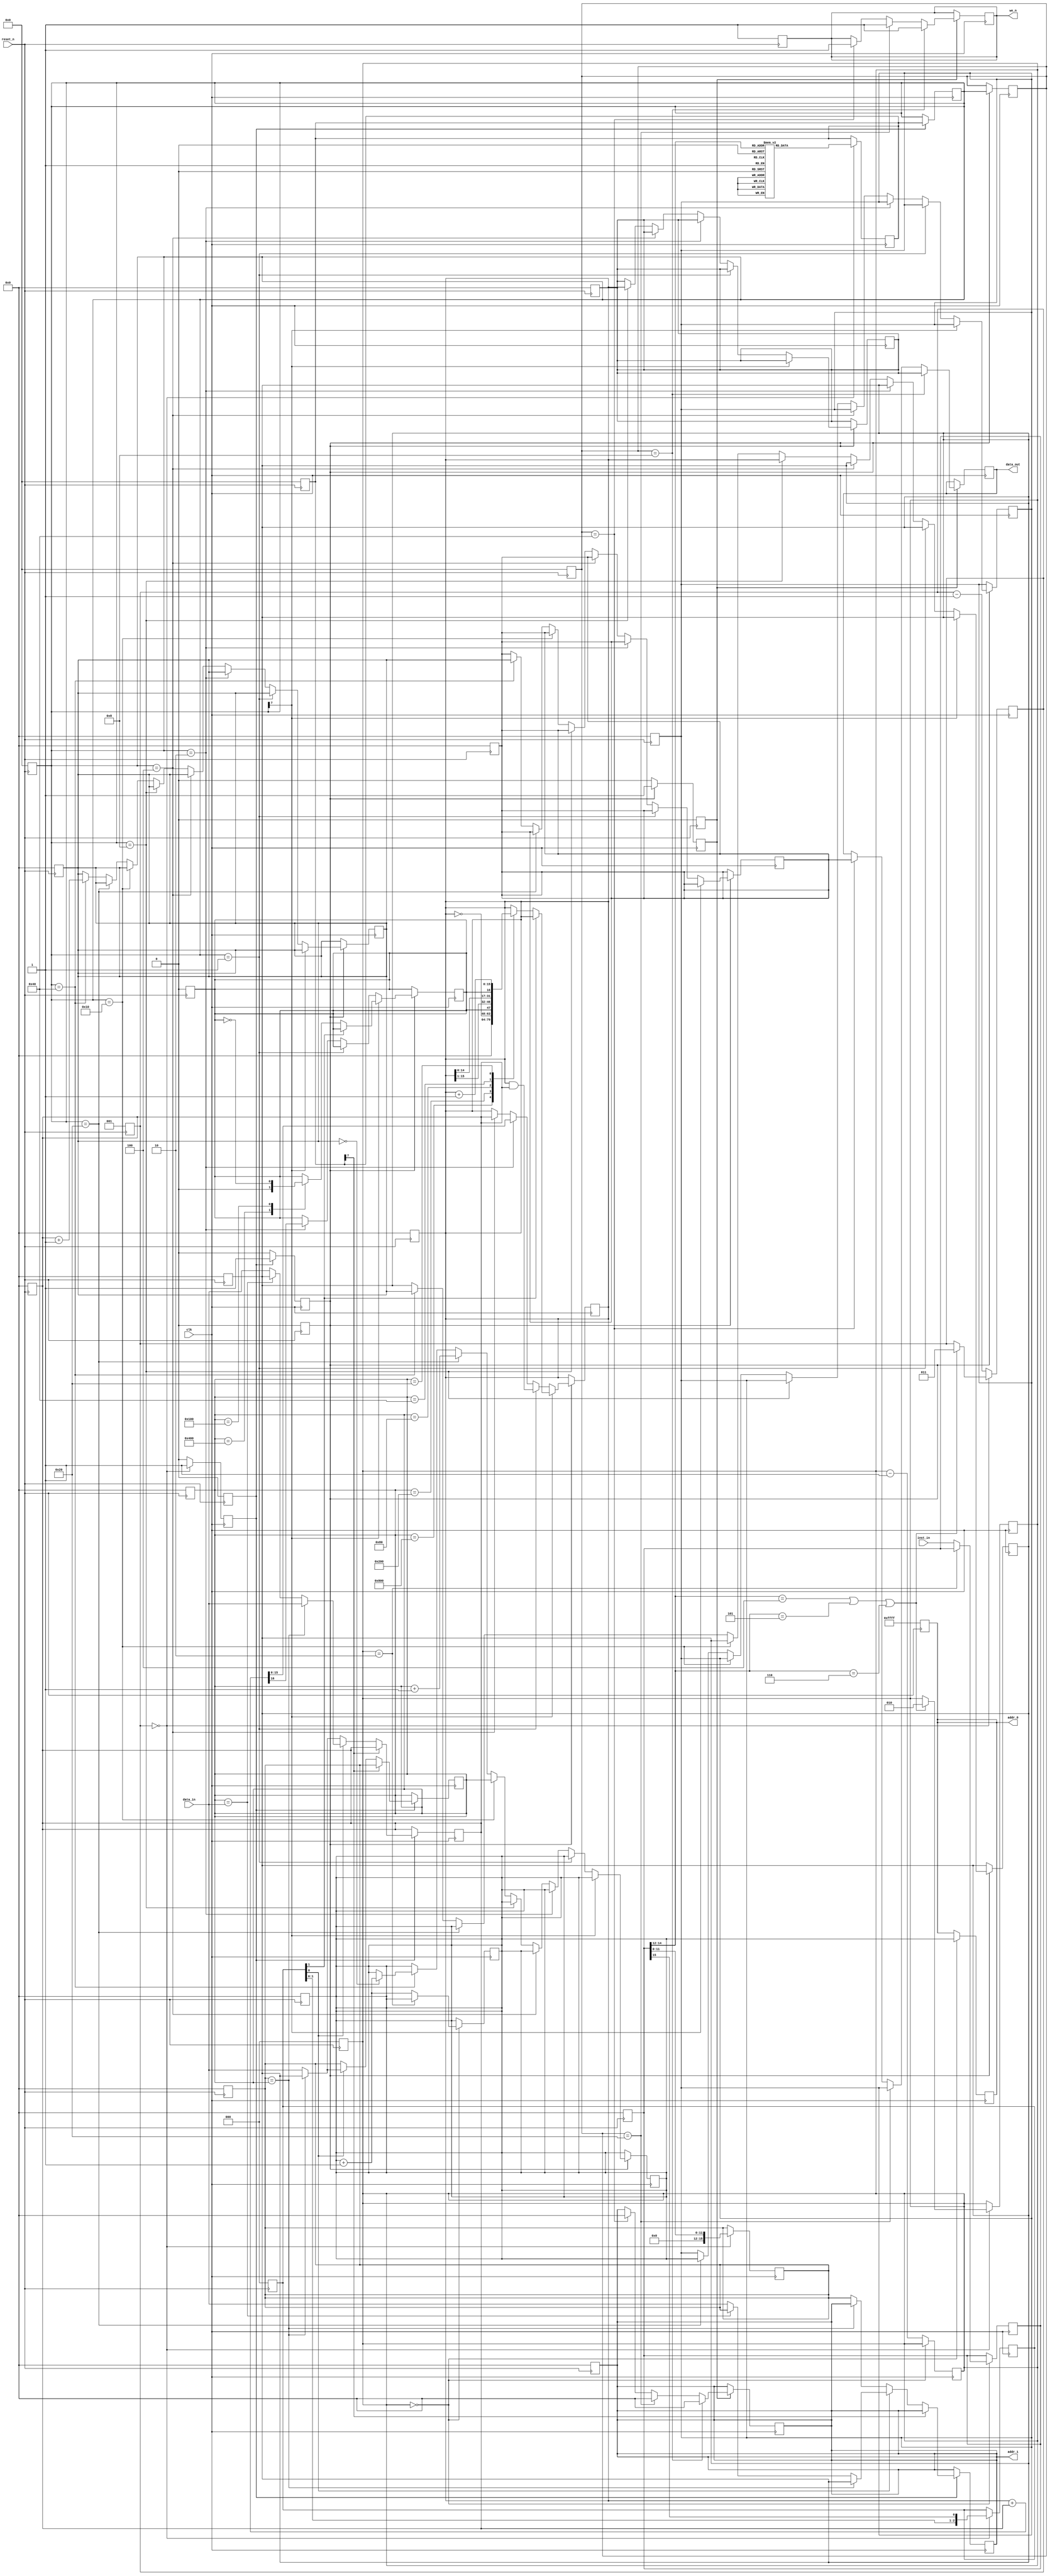
module pipelined_cpu 
#
(
  parameter ADDR_WIDTH = 16,
  parameter DATA_WIDTH = 16
)
(
  input clk,
  input reset_n,
  input [DATA_WIDTH-1:0] inst_in, //stands for instruction_in from sram0.
  input [DATA_WIDTH-1:0] data_in, //data_in from sram1.
  output [ADDR_WIDTH-1:0] addr_0,
  output [ADDR_WIDTH-1:0] addr_1,
  //output [DATA_WIDTH-1:0] inst_out, //must be connnected to sram0(instruction ram)
  output [DATA_WIDTH-1:0] data_out, //must be connected to sram1(data ram)
  output we_n
);

//define reg here
reg [15:0] AR_0, AR_1, DR, DR2, IR, PC, AC; //AR_0 is for instructions, AR_1 is for data.
reg E, r_we_n;
reg [2:0] I; //I stores MSB.
reg [7:0] D0; //stores decoder result.
reg [7:0] D1; 
reg [7:0] D2;
reg [15:0] r_data_out;

reg [15:0] OP0; //stores opcode(register reference) for a brief moment at 2nd stage.
reg [15:0] OP1; //stores opcode(register reference) at 3rd stage
reg [15:0] OP2; //stores opcode(register reference) at 4th stage.

reg [2:0] S1; //counter register to solve branch hazard.
reg [2:0] S2;
reg S3;
reg S4;
reg S5;

reg [15:0] R1; //stores the data for STA
reg [15:0] R2;
reg [15:0] R3;

reg [15:0] B1; //B for Bypassing
 
//define reg end
//assign here
assign we_n = r_we_n;
assign addr_0 = AR_0;
assign addr_1 = AR_1; 
assign data_out = r_data_out;
//assign end
always @(negedge reset_n) begin
  //register initialize
  AR_0 <= 16'b1111111111111111;
  AR_1 <= 16'd0;
  DR <= 16'd0;
  DR2 <= 16'd0;
  IR <= 16'd0;
  PC <= 16'd0;
  AC <= 16'd0;
  I <= 3'b000;
  E <= 1'b0;
  D0 <= 8'd0;
  D1 <= 8'd0;
  D2 <= 8'd0;
  r_we_n <= 1'b1; //default : read

  OP0 <= 0; 
  OP1 <= 0; 
  OP2 <= 0; 

  //stage on/off control register.
  S1 <= 3'b000; //default : off
  S2 <= 3'b001; //default : off
  S3 <= 1'b0; //default : off
  S4 <= 1'b0; //default : off
  S5 <= 1'b0; //default : off

  R1 <= 0;
  R2 <= 0;
  R3 <= 0;

  B1 <= 0;
end

//I will use the sram which gives data whether it is read mode or not.
always @(posedge clk)begin //1st stage (fetch instruction)
  if(S1 == 3'b000)begin
    AR_0 <= PC; //error?
    #5 //put buffer for waiting instruction fetch.
    if(S1 == 3'b010)begin
      PC <= PC;
    end else begin
      IR <= inst_in;
      PC <= PC + 1;
    end
  end
  else begin
    #3 S1 <= S1 - 1;
  end
end

always @(posedge clk)begin //2nd stage (instruction decode)
  if(S2 == 3'b000)begin
    if((IR[14:12] == 3'b100) || (IR[14:12] == 3'b101) || (IR[14:12] == 3'b110))begin
      S1 <= 3'b010;
      S2 <= 3'b011;
    end
    #4
    I <= {I[1:0],IR[15]};
    OP0 <= IR[11:0];
    case(IR[14:12]) //decoder
      3'b000 : D0 <= 8'b00000001; //note this! 000 returns D0[0] = 1 //AND
      3'b001 : D0 <= 8'b00000010; //ADD
      3'b010 : D0 <= 8'b00000100; //LDA
      3'b011 : D0 <= 8'b00001000; //STA
      3'b100 : D0 <= 8'b00010000; //BUN
      3'b101 : D0 <= 8'b00100000; //BSA
      3'b110 : D0 <= 8'b01000000; //ISZ
      3'b111 : D0 <= 8'b10000000; //register reference instruction
      default : D0 <= 8'b00000000;
    endcase
    S3 <= 1'b1; //3rd stage enable.
    //#3 AR_1 <= OP0; //put buffer(delay) for indirect addressing in fetch operand (3rd stage)
  end else begin
    #3 S2 <= S2 - 1;
    S3 <= 1'b0; //3rd stage disable.
  end

end

//3rd stage cause hazard because of data_in (structure hazard)
//DR <= data_in (T4 part) must be changed. stall or multiple sram.

always @(posedge clk)begin  //3rd stage (fetch operand)
  if(S3 == 1'b1)begin
    if(D0[7] == 1'b0)begin //memory reference instructions
      if(I[0] == 1'b0)begin //direct addressing mode
        if(OP0 == OP1) begin //Bypassing
          #3 DR <= B1; OP1 <= OP0;
        end else begin
          #2 AR_1 <= OP0; //async sram will return data. After stage 5 complete.
          #1 // Is it okay? (if not ok -> #2)
          DR <= data_in;
          OP1 <= OP0;
        end      
      end else if(I[0] == 1'b1)begin //indirect addressing mode
        if(OP0 == OP1) begin //Bypassing
          #2 AR_1 <= B1; OP1 <= B1;
          #1 DR <= data_in;
        end else begin
          #2 AR_1 <= OP0;
          #1
          if(OP1 == data_in)begin //Bypassing
            DR <= B1;
            OP1 <= data_in;
          end else begin
            AR_1 <= data_in;
            OP1 <= data_in;
            #1 DR <= data_in;
          end
        end
      end
    end else begin 
      #3 OP1 <= OP0;
    end
    D1 <= D0; //D0 must be registerd for not causing structure hazard.
    S4 <= 1'b1;
  end else begin 
    S4 <= 1'b0;
  end
end

always @(posedge clk)begin //4th stage (execution instruction) 
  if(S4 == 1'b1)begin
    //must move DR data into DR2. NO. It catches before update.
    D2 <= D1;
    OP2 <= OP1; //Is it really neccessary? Yes. 5th stage needs address to store the data.
    if(D1[7] == 1'b0)begin //memory reference instructions //must solve branch hazard.
      if(D1 == 8'b00000001)begin          //AND
        AC <= AC & DR;
      end else if(D1 == 8'b00000010)begin //ADD
        {E, AC} <= AC + DR;
      end else if(D1 == 8'b00000100)begin //LDA
        AC <= DR;
      end else if(D1 == 8'b00001000)begin //STA -> goes to 5th stage
        R1 <= AC;                         
        B1 <= AC;                         //for bypassing.
      end else if(D1 == 8'b00010000)begin //BUN
        PC <= OP1; 
      end else if(D1 == 8'b00100000)begin //BSA
        R2 <= PC;
        B1 <= PC;
        #1 PC <= OP1 +1;
      end else if(D1 == 8'b01000000)begin //ISZ -> solve using freeze approach
        DR2 <= DR + 1;
        #1
        if(DR2 == 0)begin
          PC <= PC + 1;
        end
        #1 R3 <= DR2; B1 <= DR2;
      end
    end
    else if(D1[7] == 1'b1)begin //register reference instructions
      if(I[1] == 1'b0)begin
        case(OP1)
          16'h800 : AC <= 16'd0;        //CLA
          16'h400 : E <= 1'b0;          //CLE
          16'h200 : AC <= ~AC;          //CMA
          16'h100 : E <= ~E;            //CME
          16'h080 : AC <= {E,AC[15:1]}; //CIR
          16'h040 : AC <= {AC[14:0],E}; //CIL
          16'h020 : AC <= AC + 1;       //INC
        endcase
      end
      else if(I[1] == 1'b1)begin
        //input-output instructions
      end
    end
    S5 <= 1'b1;
  end else begin
    S5 <= 1'b0;
  end
end

always @(posedge clk)begin //5th stage (write operand) //can cause structure hazard with 3rd stage.
//make sure to deal with D2 and I[2] and OP2(register reference)
  if(S5 == 1'b1)begin
    if(D2 == 8'b00001000)begin
      r_we_n <= 1'b0;
      AR_1 <= OP2;
      r_data_out <= R1;
      #1 r_we_n <= 1'b1; AR_1 <= 0;
    end else if(D2 == 8'b00100000)begin
      r_we_n <= 1'b0;
      AR_1 <= OP2;
      r_data_out <= R2;
      #1 r_we_n <= 1'b1; AR_1 <= 0;
    end else if(D2 == 8'b01000000)begin
      r_we_n <= 1'b0;
      AR_1 <= OP2;
      r_data_out <= R3;
      #1 r_we_n <= 1'b1; AR_1 <= 0;
    end
  end
end

endmodule